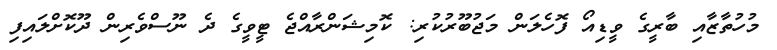
މުހުތާޒާއި ބާރީގެ ވީޑިއޯ ފޮހެލަން މަޖުބޫރުކުރި: ކޮމިޝަންރާއްޖެ ޓީވީގެ ދެ ނޫސްވެރިން ދޫކޮށްލައިފި